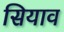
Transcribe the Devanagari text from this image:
सियाव